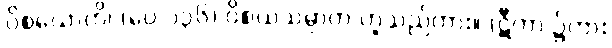
ဝိစယောတိ၊ (ပေ ၁၃၆) ဝိစယသမ္ပာတ ဟူသည်ကား။ (ဋီကာ ၌ကား